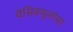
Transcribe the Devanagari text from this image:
वेसिक्युलोसा